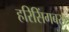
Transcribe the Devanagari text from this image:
हरिसिंगबरा